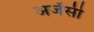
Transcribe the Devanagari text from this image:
अजेंसी